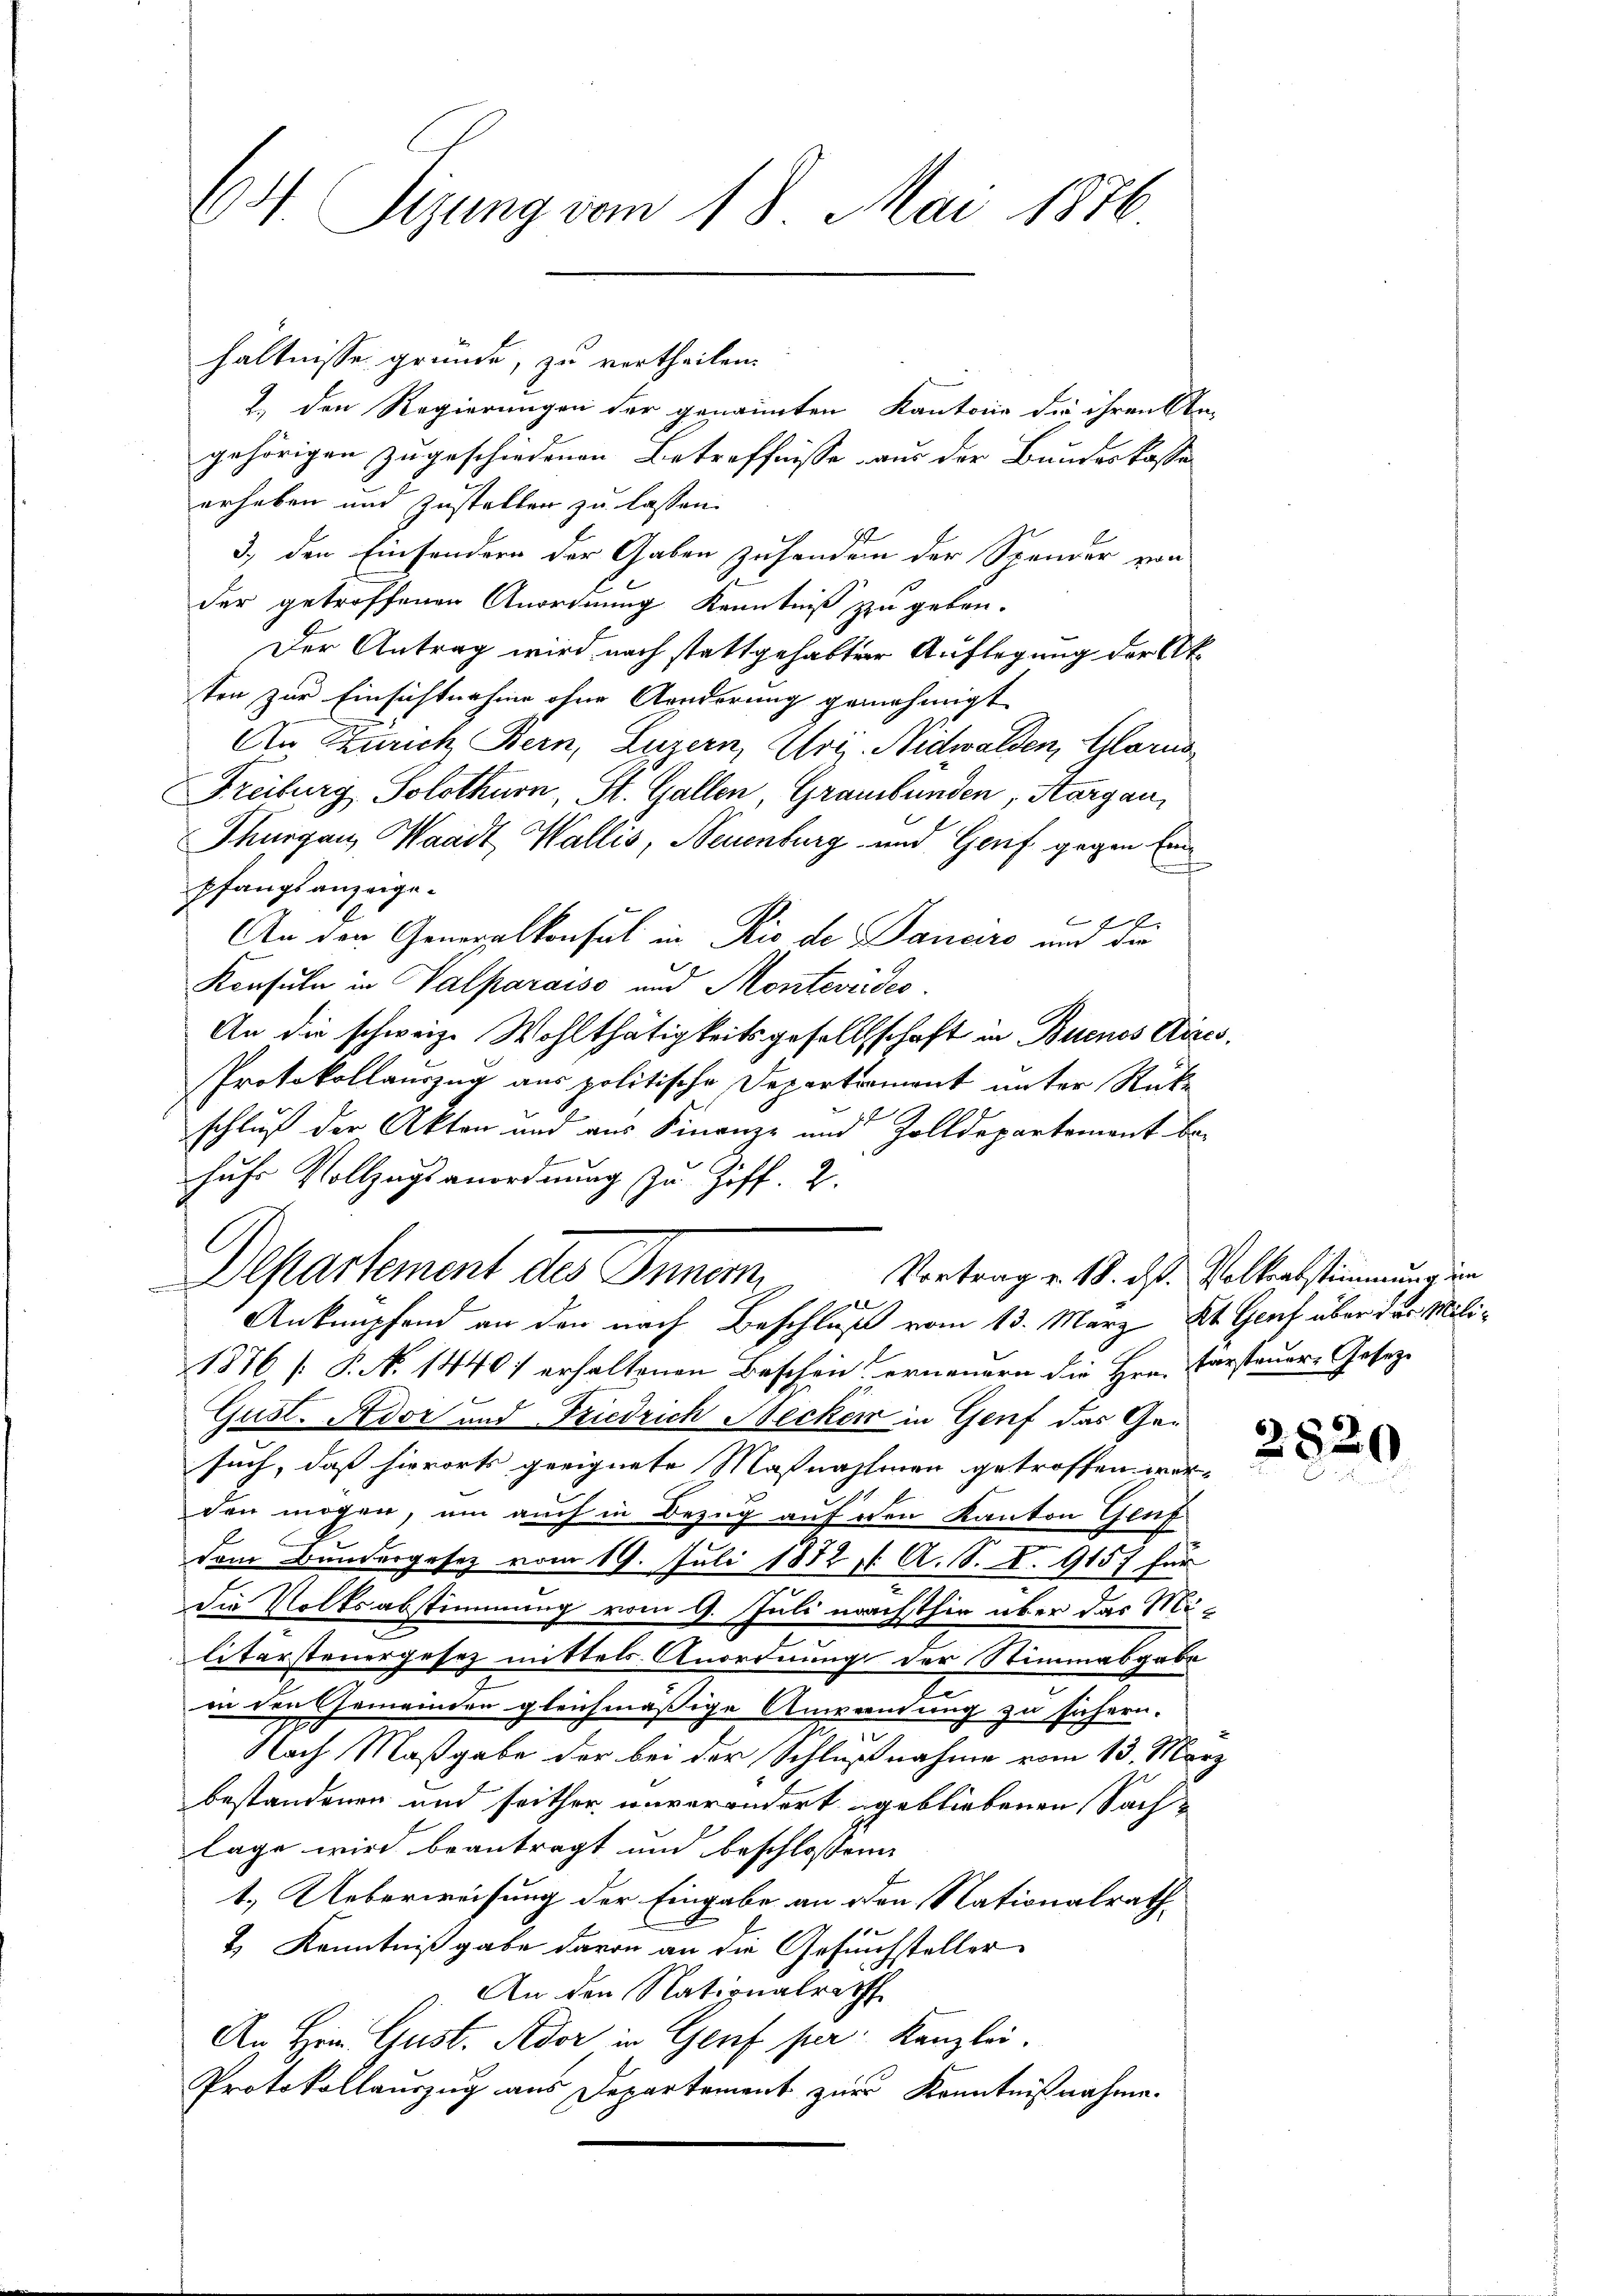
64. Sizung vom 18. Mai 1876

hältnisse gründe, zu vertheilen.
2. den Regierungen der genannten Kantone die ihren An-
gehörigen zugeschiedenen Betreffnisse aus der Bundeskasse
erheben und Zustellen zu lassen.
3., den Einsondern der Gaben zuhandern der Spander von
der getroffenen Anordnung Kenntniß zu geben.
Der Antrag wird nach stattgehabter Auflegung der Atten zur Einsichtnahme ohne Aenderung genehmigt
An Zürich Bern, Luzern, Uri, Nidwalden, Glarus
Freiburg, Solothurn, St. Gallen, Graubünden, Aargau,
Thurgau, Waadt, Wallis, Neuenburg und Genf gegen Eind
pfangs anzugef
An den Generalkonsul in Rio de Danaro aus der
Konsuln in Valparaiso und Montevideo
An die schweiz. Wohlthätigkeitsgesellschaft in Buenos Aires,
Protokollauszug aus politische Departament unter Rück-
schluß der Akten und aus Finanze und Zolldepartement behuhr Vollzugsanordnung zu Ziff. 2.
Departement des Innen,
Vortrag v. 18. ds. Volksabstimmung im
g
Anknüpfend an den nach Beschluß vom 13. März Kt. Genf über der Mili¬
1876 [ P. N. 14401 erhaltenen Beschen erneuern die Hrn. Parsteuer-Gesetze
Gust. Ador und Friedrich Becken in Genf das Gesuch, daß hierorts geeignete Maßnahmen getroffen werden mögen, um auch in Bezug auf den Kanton Gruf
dem Bundergesetz vom 19. Juli 1872 11. A. S. S. 915) für
die Volksabstimmung vom 9. Juli nächsthin über das Militersteuergesez mittels. Anordnung der Stimmabgabe
in den Gemeinden gleichmäßige Anwendung zu sichern.
Nach Maßgabe der bei der Schlußnahme vom 13. März
bestandenen und seither unverändert gebliebenen Sachlage wird beantragt und beschlossenen
1.) Ueberweisung der Eingabe an den Nationalrath
2.) Kenntnißgabe davon an die Gesuchsteller
An den Nationalrath
An Hrn. Gust. Aber in Genf per. Kanzlei.
Protokollauszug aus Departement zur Kenntnißnahme.

252

¬